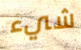
شيء